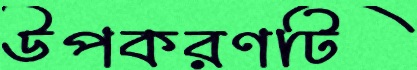
উপকরণটি